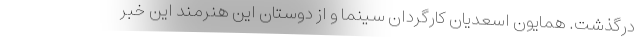
درگذشت. همایون اسعدیان کارگردان سینما و از دوستان این هنرمند این خبر